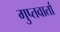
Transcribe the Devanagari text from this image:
गुप्तवार्ता